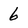
Character: 6